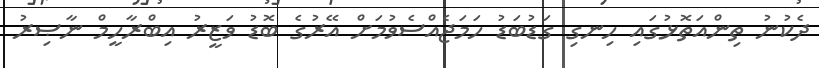
ދެކުނު ތިންއަތޮޅުގައި ހިނގި ގަޑުބަޑު ހަމަޖެއްސެވުމަށް އޭރުގެ ބޮޑު ވަޒީރު އިބްރާހީމް ނާޞިރު